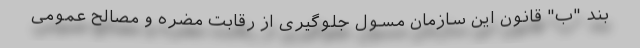
بند "ب" قانون این سازمان مسول جلوگیری از رقابت مضره و مصالح عمومی